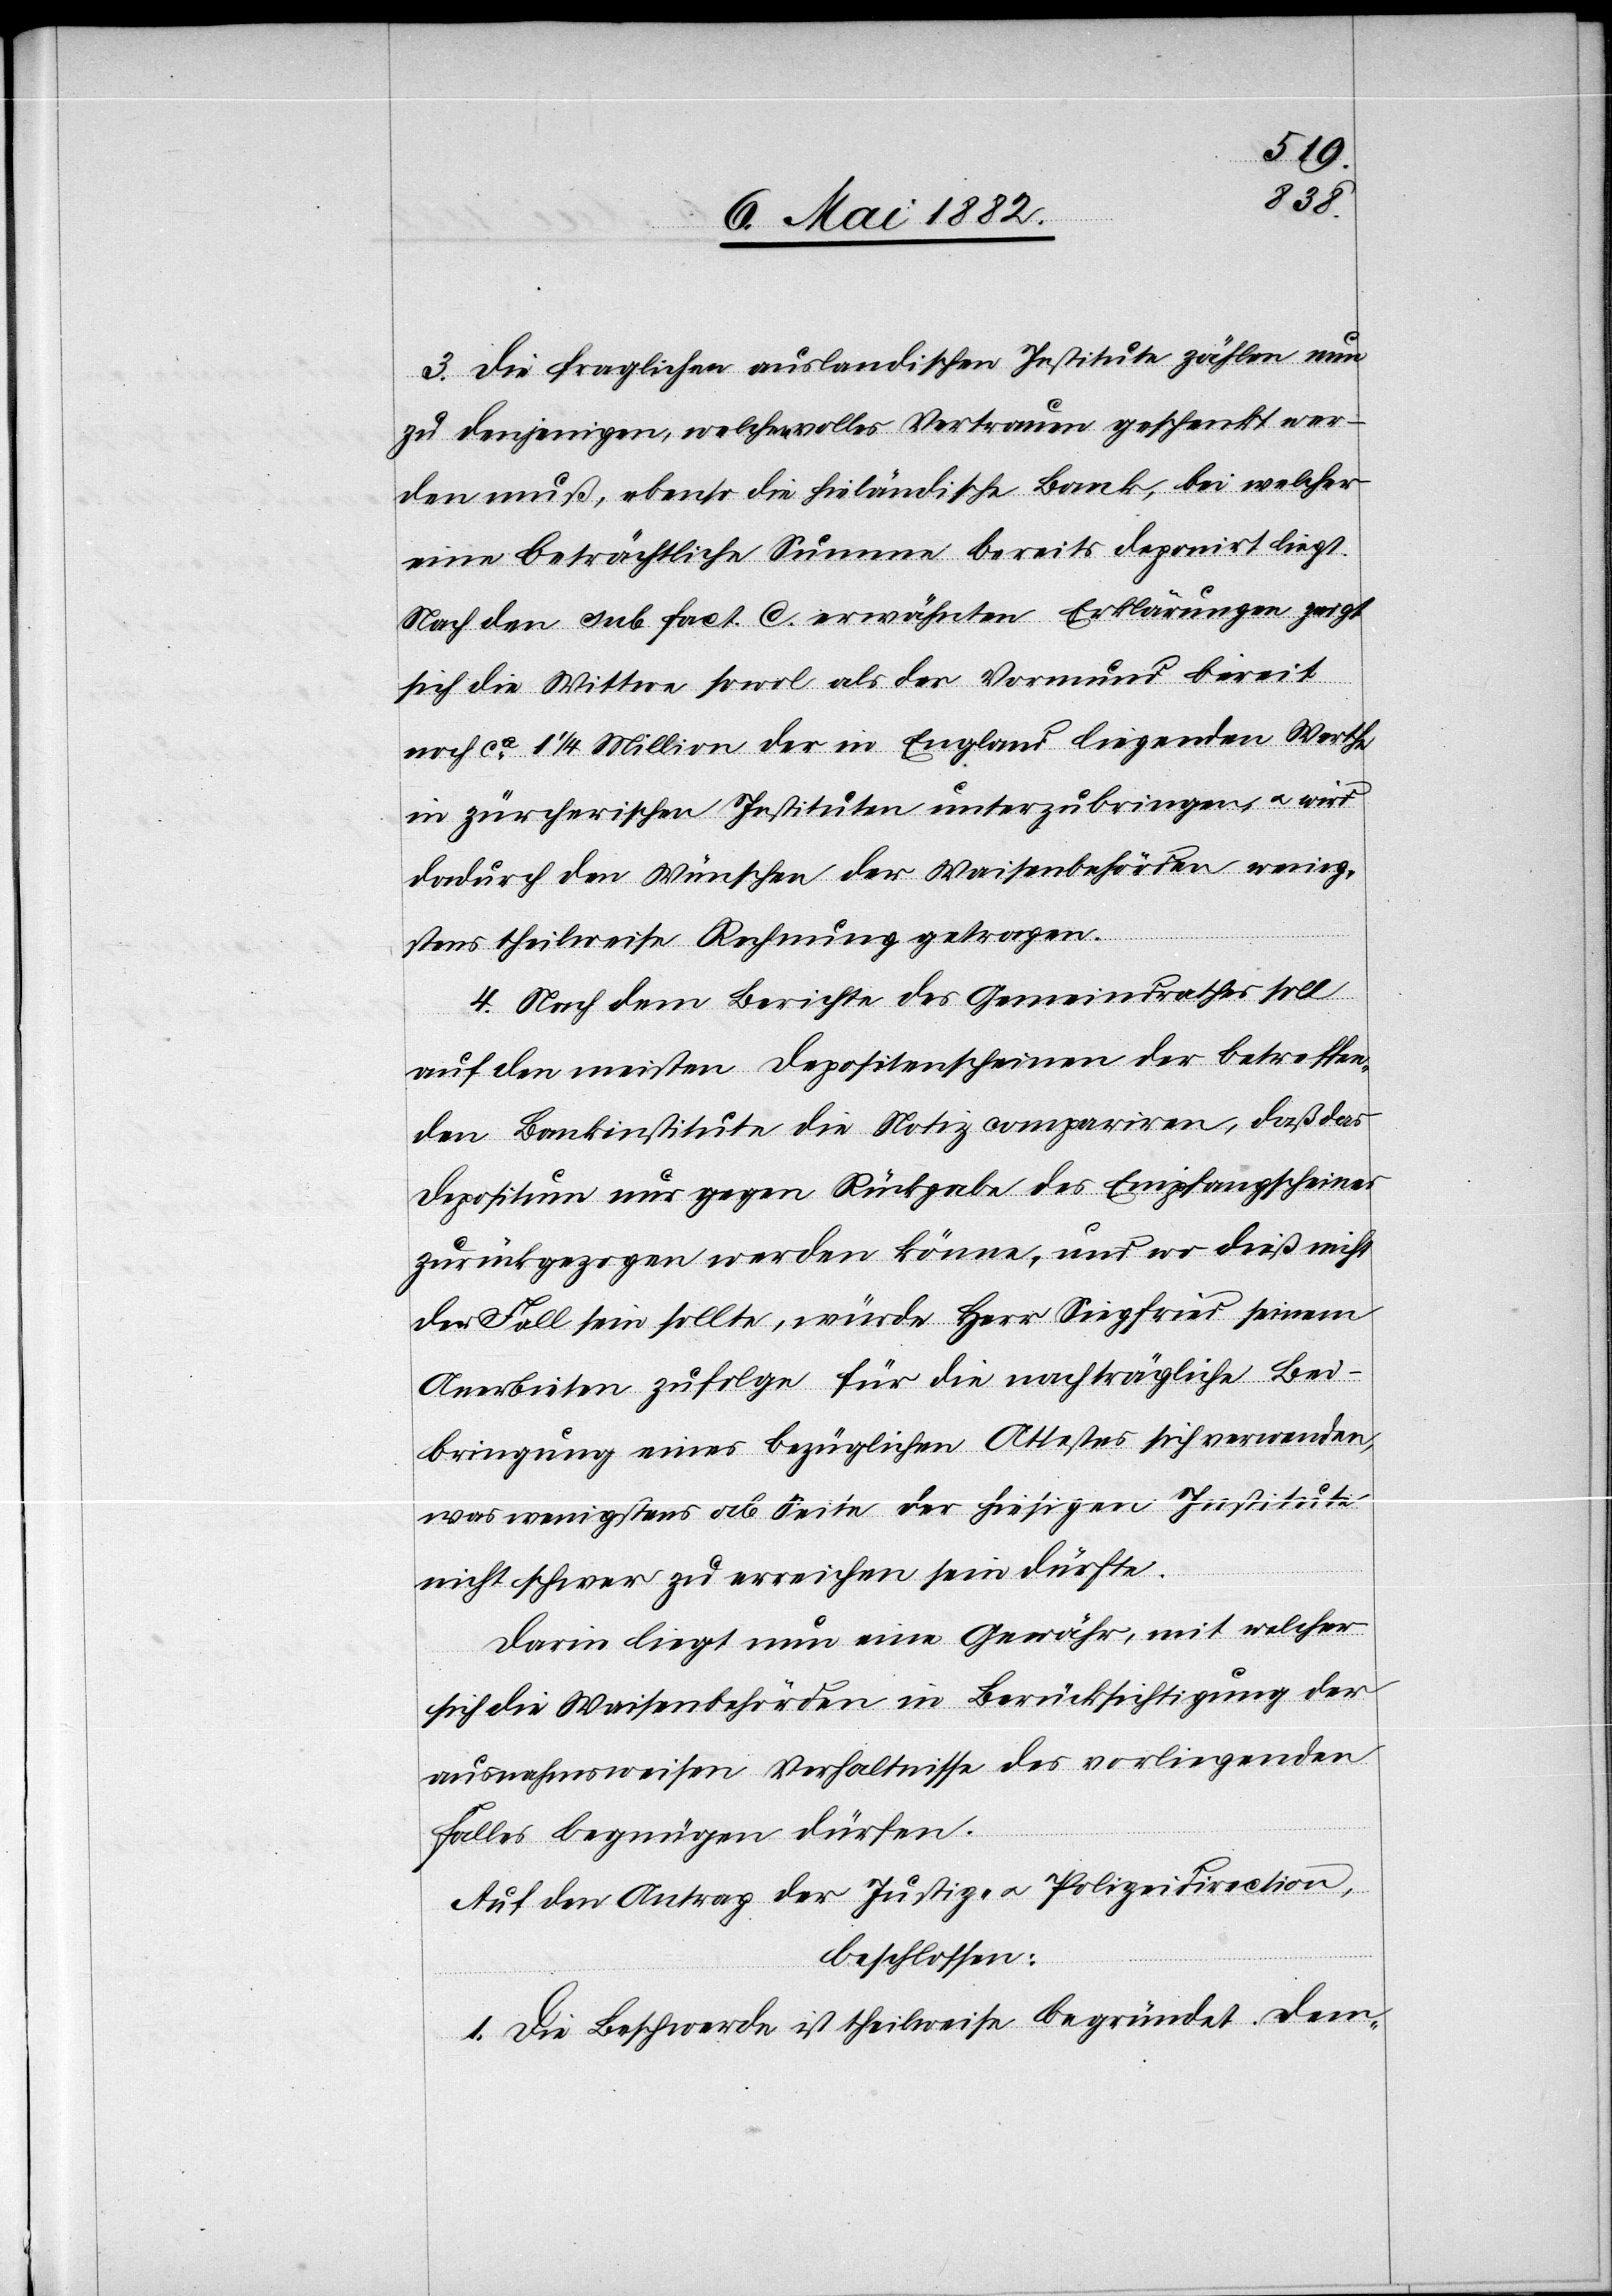
3. Die fraglichen ausländischen Institute zählen nun
zu denjenigen, welchen volles Vertrauen geschenkt wer¬
den muß, ebenso die hieländische Bank, bei welcher
eine beträchtliche Summe bereits deponirt liegt.
Nach den sub. fact. C. erwähnten Erklärungen zeigt
sich die Wittwe sowol als der Vormund bereit
noch ca 1 1/4 Million der in England liegenden Werthe
in zürcherischen Instituten unterzubringen u. wird
dadurch den Wünschen der Waisenbehörden wenig¬
stens theilweise Rechnung getragen.
4. Nach dem Berichte des Gemeindrathes soll
auf den meisten Depositenscheinen der betreffen¬
den Bankinstitute die Notiz compariren, daß das
Depositum nur gegen Rückgabe des Empfangsscheines
zurückgezogen werden könne, und wo dieß nicht
der Fall sein sollte, würde Herr Sigfried seinem
Anerbieten zu Folge für die nachträgliche Bei¬
bringung eines bezüglichen Attestes sich verwenden,
was wenigstens ab Seite der hiesigen Institute
nicht schwer zu erreichen sein dürfte.
Darin liegt nun eine Gewähr, mit welcher
sich die Waisenbehörden in Berücksichtigung der
ausnahmsweisen Verhältnisse des vorliegenden
Falles begnügen dürften.
Auf den Antrag der Justiz- u. Polizeidirection,
beschlossen:
1. Die Beschwerde ist theilweise begründet. Dem-